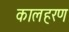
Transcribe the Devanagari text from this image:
कालहरण